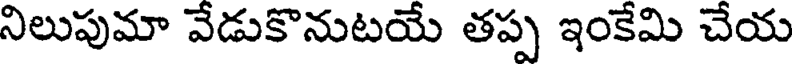
నిలుపుమా వేడుకొనుటయే తప్ప ఇంకేమి చేయ